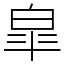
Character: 皐